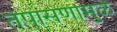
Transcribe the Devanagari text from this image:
तपासणीमुळे